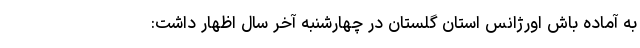
به آماده باش اورژانس استان گلستان در چهارشنبه آخر سال اظهار داشت: